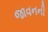
જાવનની